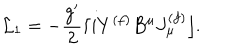
{ \cal L } _ { 1 } = - \frac { g ^ { \prime } } { 2 } \lceil i Y ^ { ( f ) } B ^ { \mu } J _ { \mu } ^ { ( f ) } \rfloor .